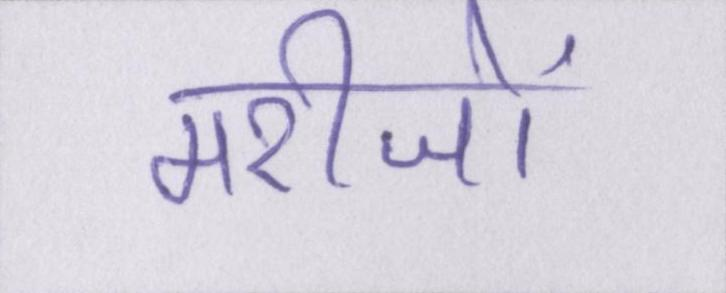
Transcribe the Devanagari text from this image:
मरीजों